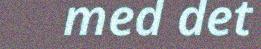
med det